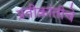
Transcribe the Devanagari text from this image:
प्रतीक्रांतीचे